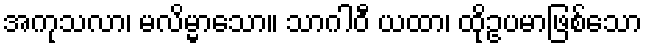
အကုသလာ၊ မလိမ္မာသော။ သာဂါဝီ ယထာ၊ ထိုဥပမာဖြစ်သော